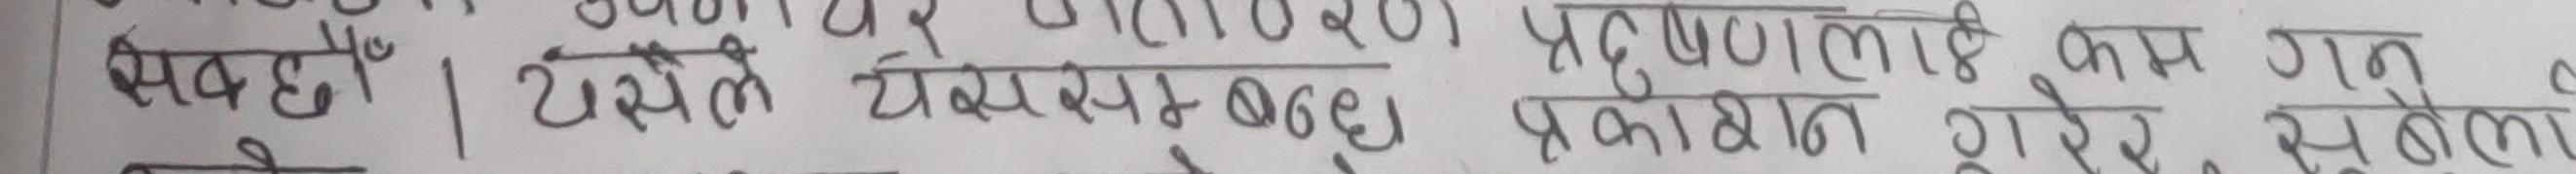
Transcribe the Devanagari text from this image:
सकहाँ । ट्यसले समयमा बढु प्रदूषणमाथि कम गत सुनेको